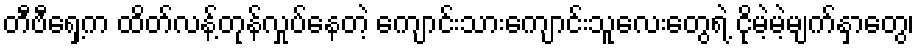
တီဗီရှေ့က ထိတ်လန့်တုန်လှုပ်နေတဲ့ ကျောင်းသားကျောင်းသူလေးတွေရဲ့ ငိုမဲ့မဲ့မျက်နှာတွေ၊